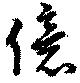
億